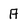
Character: A